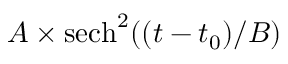
A \times \mathrm { s e c h } ^ { 2 } ( ( t - t _ { 0 } ) / B )